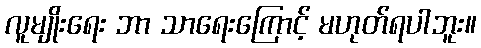
လူမျိုးရေး ဘာ သာရေးကြောင့် မဟုတ်ရပါဘူး။